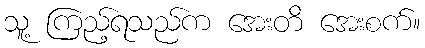
သူ့ ကြည့်ရသည်က အေးတိ အေးစက်။